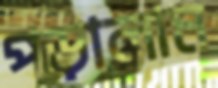
পড়ালাম